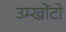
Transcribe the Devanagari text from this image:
उम्खोंटो